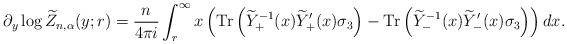
LaTeX: \begin{align*}\partial_y \log \widetilde Z_{n,\alpha}(y;r) = \frac{n}{4\pi i} \int^\infty_{r} x \left(\mathrm{Tr}\left(\widetilde{Y}^{-1}_{+}(x)\widetilde{Y}^{\prime}_{+}(x)\sigma_3 \right) - \mathrm{Tr}\left(\widetilde{Y}^{-1}_{-}(x)\widetilde{Y}^{\prime}_{-}(x) \sigma_3 \right)\right) dx.\end{align*}